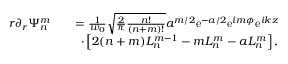
\begin{array} { r l r } { r \partial _ { r } \Psi _ { n } ^ { m } } & { } & { = \frac { 1 } { w _ { 0 } } \sqrt { \frac { 2 } { \pi } \frac { n ! } { ( n + m ) ! } } a ^ { m / 2 } \mathrm { e } ^ { - a / 2 } \mathrm { e } ^ { i m \phi } \mathrm { e } ^ { i k z } } \\ & { } & { \cdot \left[ 2 ( n + m ) L _ { n } ^ { m - 1 } - m L _ { n } ^ { m } - a L _ { n } ^ { m } \right] , } \end{array}